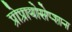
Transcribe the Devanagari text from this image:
प्रोप्रायोसेप्शन